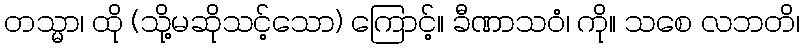
တသ္မာ၊ ထို (သို့မဆိုသင့်သော) ကြောင့်။ ခီဏာသဝံ၊ ကို။ သစေ လဘတိ၊